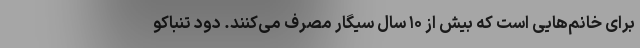
برای خانم‌هایی است که بیش از ۱۰ سال سیگار مصرف می‌کنند. دود تنباکو